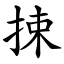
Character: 捒